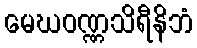
မေဃဝဏ္ဏသိရီနိဘံ